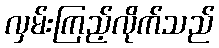
လှမ်းကြည့်လိုက်သည်